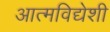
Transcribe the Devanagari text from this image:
आत्मविद्येशी